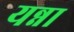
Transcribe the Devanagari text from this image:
यन्ना